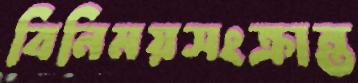
বিনিময়সংক্রান্ত